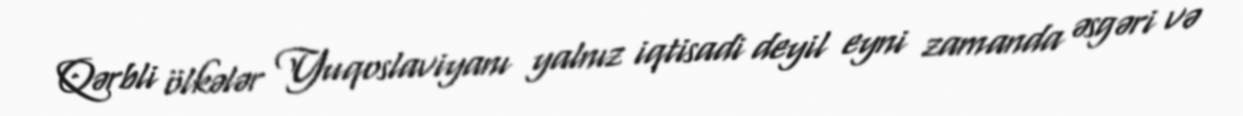
Qərbli ölkələr Yuqoslaviyanı yalnız iqtisadi deyil eyni zamanda əsgəri və